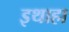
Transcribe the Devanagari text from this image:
इथाहा